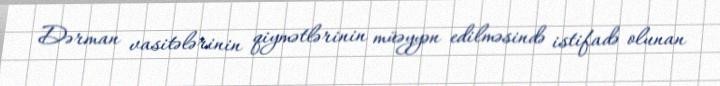
Dərman vasitələrinin qiymətlərinin müəyyən edilməsində istifadə olunan